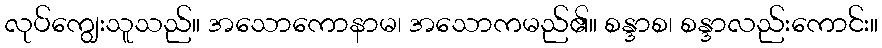
လုပ်ကျွေးသူသည်။ အသောကောနာမ၊ အသောကမည်၏။ စန္ဒာစ၊ စန္ဒာလည်းကောင်း။